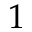
1